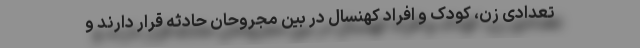
تعدادی زن،‌ کودک و افراد کهنسال در بین مجروحان حادثه قرار دارند و